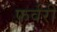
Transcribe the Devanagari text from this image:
फ़र्वरी